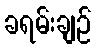
ခရမ်းချဉ်